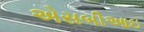
એસબીઆઇ